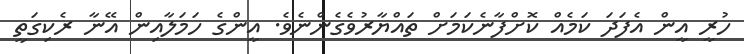
ހުރީ އީން އެފަދަ ކަމެއް ކޮށްފާނެކަމަށް ތައްޔާރުވެގެންނެވެ. އީންގެ ހަމަލާއިން އޭނާ ރެކިގަތީ